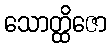
သောတ္ထိဇော